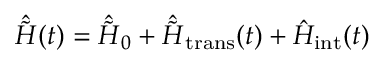
\hat { \tilde { H } } ( t ) = \hat { \tilde { H } } _ { 0 } + \hat { \tilde { H } } _ { \mathrm { t r a n s } } ( t ) + \hat { H } _ { \mathrm { i n t } } ( t )